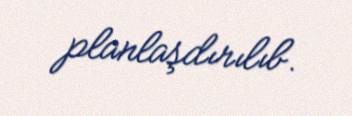
planlaşdırılıb.